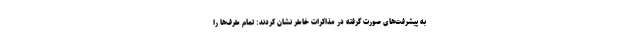
به پیشرفت‌های صورت گرفته در مذاکرات خاطر نشان کردند: تمام طرف‌ها را